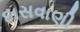
દાસવાણી